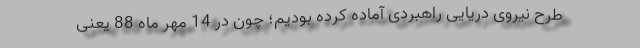
طرح نیروی دریایی راهبردی آماده کرده بودیم؛ چون در 14 مهر ماه 88 یعنی